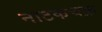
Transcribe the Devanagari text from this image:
नाटकचक्र